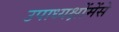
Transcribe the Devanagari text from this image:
उपाध्यक्षोंमेंसे